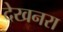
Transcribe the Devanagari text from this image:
देखनरा